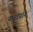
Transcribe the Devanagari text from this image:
नाहापान